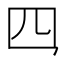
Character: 𪛘